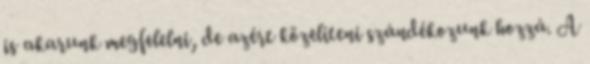
is akarunk megfelelni, de azért közelíteni szándékozunk hozzá. A